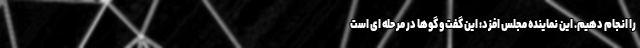
را انجام دهیم. این نماینده مجلس افزد: این گفت و گوها در مرحله ای است